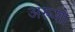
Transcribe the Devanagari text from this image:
अरूशो